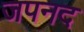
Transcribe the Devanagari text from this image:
जपनद